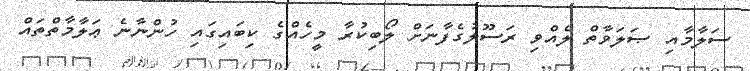
ސަލާމާއި ޞަލަވާތް ލެއްވި ރަސޫލުގެފާނަށް ލޯބިކުރާ މީހެއްގެ ކިބައިގައި ހުންނާނެ ޢަލާމާތްތައް